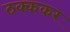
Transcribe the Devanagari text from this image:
ठक्ककर